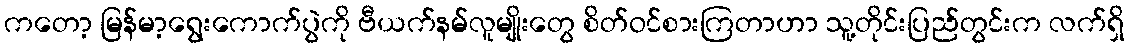
ကတော့ မြန်မာ့ရွေးကောက်ပွဲကို ဗီယက်နမ်လူမျိုးတွေ စိတ်ဝင်စားကြတာဟာ သူ့တိုင်းပြည်တွင်းက လက်ရှိ